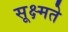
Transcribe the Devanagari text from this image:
सूक्ष्मते